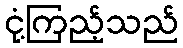
ငုံ့ကြည့်သည်